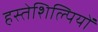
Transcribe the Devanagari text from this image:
हस्तेशिल्पियों